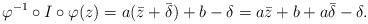
LaTeX: \begin{align*} \varphi^{-1}\circ I\circ \varphi (z)= a (\bar z + \bar\delta) + b - \delta= a\bar z + b + a \bar \delta - \delta.\end{align*}